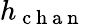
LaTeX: h_{\mathrm{~c~h~a~n~}}